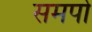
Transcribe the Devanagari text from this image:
समर्पो